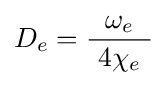
D_{e}={\frac {\omega _{e}}{\ 4\chi _{e}\ }}